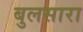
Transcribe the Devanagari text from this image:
बुलसारा